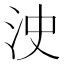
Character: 㳏